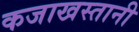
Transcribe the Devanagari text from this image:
कजाखस्तानी